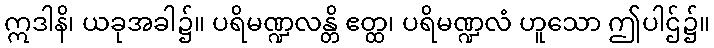
ဣဒါနိ၊ ယခုအခါ၌။ ပရိမဏ္ဍလန္တိ ဧတ္ထ၊ ပရိမဏ္ဍလံ ဟူသော ဤပါဌ်၌။